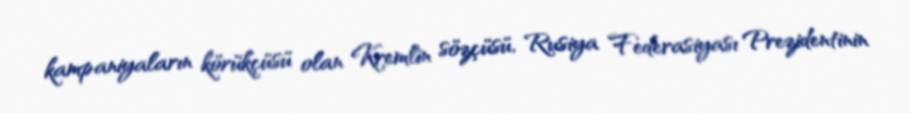
kampaniyaların körükçüsü olan Kremlin sözçüsü, Rusiya Federasiyası Prezidentinin